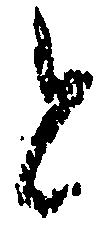
と